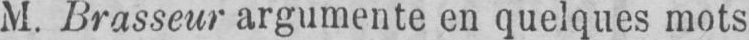
M. Brasseur argumente en quelques mots